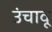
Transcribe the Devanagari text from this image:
उंचावू